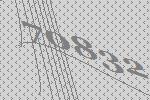
70832